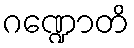
ဂဏ္ဍောတိ